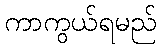
ကာကွယ်ရမည်